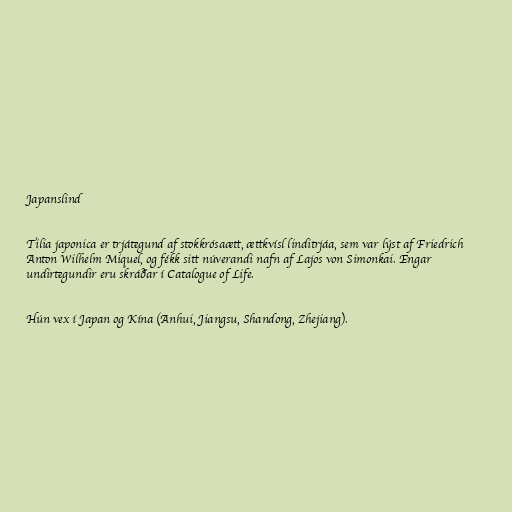
Japanslind

Tilia japonica er trjátegund af stokkrósaætt, ættkvísl linditrjáa, sem var lýst af Friedrich
Anton Wilhelm Miquel, og fékk sitt núverandi nafn af Lajos von Simonkai. Engar
undirtegundir eru skráðar í Catalogue of Life.

Hún vex í Japan og Kína (Anhui, Jiangsu, Shandong, Zhejiang).